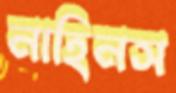
নাহিনস